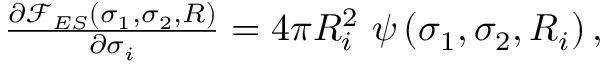
\begin{array} { r } { \frac { \partial { \mathcal F } _ { E S } ( \sigma _ { 1 } , \sigma _ { 2 } , R ) } { \partial \sigma _ { i } } = 4 \pi R _ { i } ^ { 2 } ~ \psi \left( \sigma _ { 1 } , \sigma _ { 2 } , R _ { i } \right) , } \end{array}